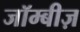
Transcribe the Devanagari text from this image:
जॉम्बीज़